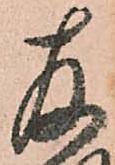
存